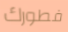
فطورك